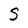
Character: S